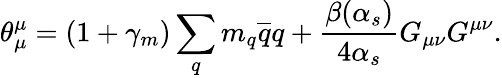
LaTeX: \theta_{\mu}^{\mu}=(1+\gamma_{m})\sum_{q}m_{q}{\overline{{q}}}q+{\frac{\beta(\alpha_{s})}{4\alpha_{s}}}G_{\mu\nu}G^{\mu\nu}.